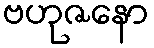
ဗဟုဇနော